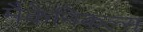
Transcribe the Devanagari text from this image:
मैकेनिकल्स